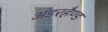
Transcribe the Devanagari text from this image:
अंडरहैण्ड